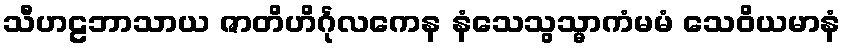
သီဟဠဘာသာယ ဇာတိဟိင်္ဂုလကေန နံသေသွသ္မာကံမမံ သေဝိယမာနံ